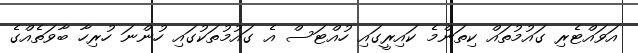
އަވައްޓެރި ގައުމުތައް ކިތަންމެ ކައިރީގައި ހުއްޓަސް އެ ގައުމުތަކުގައި ހުންނަ ހުރިހާ ބާވަތެއްގެ